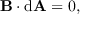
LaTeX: \mathbf { B } \cdot \mathrm { { d } } \mathbf { A } = 0 ,